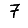
Digit: 7